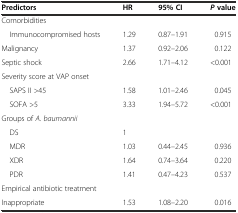
| Predictors | HR | 95% CI | Pvalue |
 | --- | --- | --- | --- |
 | Comorbidities |  |  |  |
 | Immunocompromised hosts | 1.29 | 0.87–1.91 | 0.915 |
 | Malignancy | 1.37 | 0.92–2.06 | 0.122 |
 | Septic shock | 2.66 | 1.71–4.12 | <0.001 |
 | Severity score at VAP onset |  |  |  |
 | SAPS II >45 | 1.58 | 1.01–2.46 | 0.045 |
 | SOFA >5 | 3.33 | 1.94–5.72 | <0.001 |
 | Groups of A. baumannii |  |  |  |
 | DS | 1 |  |  |
 | MDR | 1.03 | 0.44–2.45 | 0.936 |
 | XDR | 1.64 | 0.74–3.64 | 0.220 |
 | PDR | 1.41 | 0.47–4.23 | 0.537 |
 | Empirical antibiotic treatment |  |  |  |
 | Inappropriate | 1.53 | 1.08–2.20 | 0.016 |